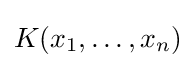
K(x_{1},\ldots ,x_{n})